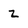
Character: Z